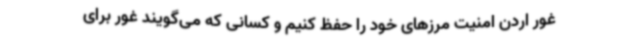
غور اردن امنیت مرزهای خود را حفظ کنیم و کسانی که می‌گویند غور برای